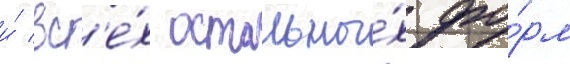
и́ вс'е́х остальны́х фо́рм